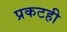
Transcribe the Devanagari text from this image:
प्रकटही